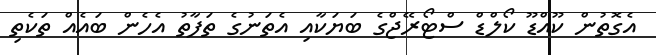
އެގޮތުން ކޫއްޑޫ ކޯލްޑް ސްޓޯރޭޖްގެ ބަޔަކާއި އެތަނުގެ ތަފާތު އެހެން ބައެއް ތަކެތި